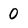
Character: 0